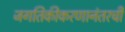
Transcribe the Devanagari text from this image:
जगतिकीकरणानंतरची